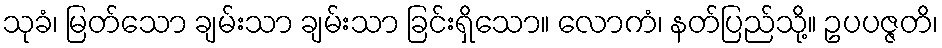
သုခံ၊ မြတ်သော ချမ်းသာ ချမ်းသာ ခြင်းရှိသော။ လောကံ၊ နတ်ပြည်သို့။ ဥပပဇ္ဇတိ၊